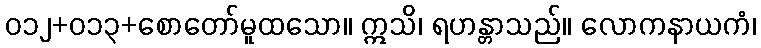
၀၁၂+၀၁၃+စောတော်မူထသော။ ဣသိ၊ ရဟန္တာသည်။ လောကနာယကံ၊